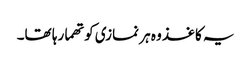
یہ کاغذ وہ ہر نمازی کو تھما رہا تھا۔